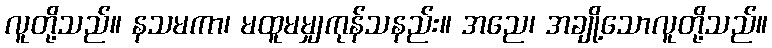
လူတို့သည်။ နသမကာ၊ မထူမမျှကုန်သနည်း။ အညေ၊ အချို့သောလူတို့သည်။